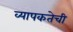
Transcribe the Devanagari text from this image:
व्यापकतेची